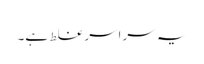
یہ سراسر غلط ہے۔